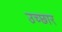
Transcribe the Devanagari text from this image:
उच्छार